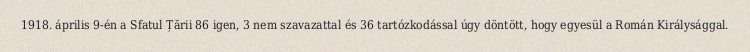
1918. április 9-én a Sfatul Țării 86 igen, 3 nem szavazattal és 36 tartózkodással úgy döntött, hogy egyesül a Román Királysággal.